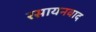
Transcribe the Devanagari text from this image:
रसायनवाद